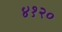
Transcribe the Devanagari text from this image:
४१२०